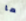
ما